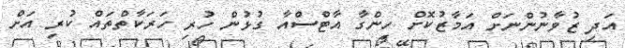
އަދި ޒުވާނުންނަށް އަމާޒުކޮށް ހިންގާ އާޓްސްއާ ގުޅުން ހުރި ހަރަކާތްތައް ކުރި އަށް